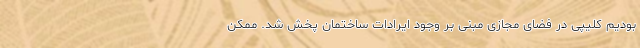
بودیم کلیپی در فضای مجازی مبنی بر وجود ایرادات ساختمان پخش شد. ممکن